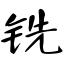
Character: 铣